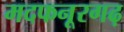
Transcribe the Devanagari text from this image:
मदफनूरगढ़